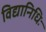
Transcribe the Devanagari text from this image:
विद्यानिधिः